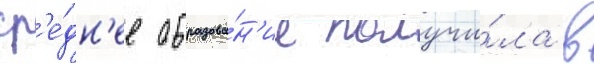
ср'е́дн'ее образова́н'ие получи́ла в